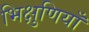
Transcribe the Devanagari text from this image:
भिक्षुणियाँ